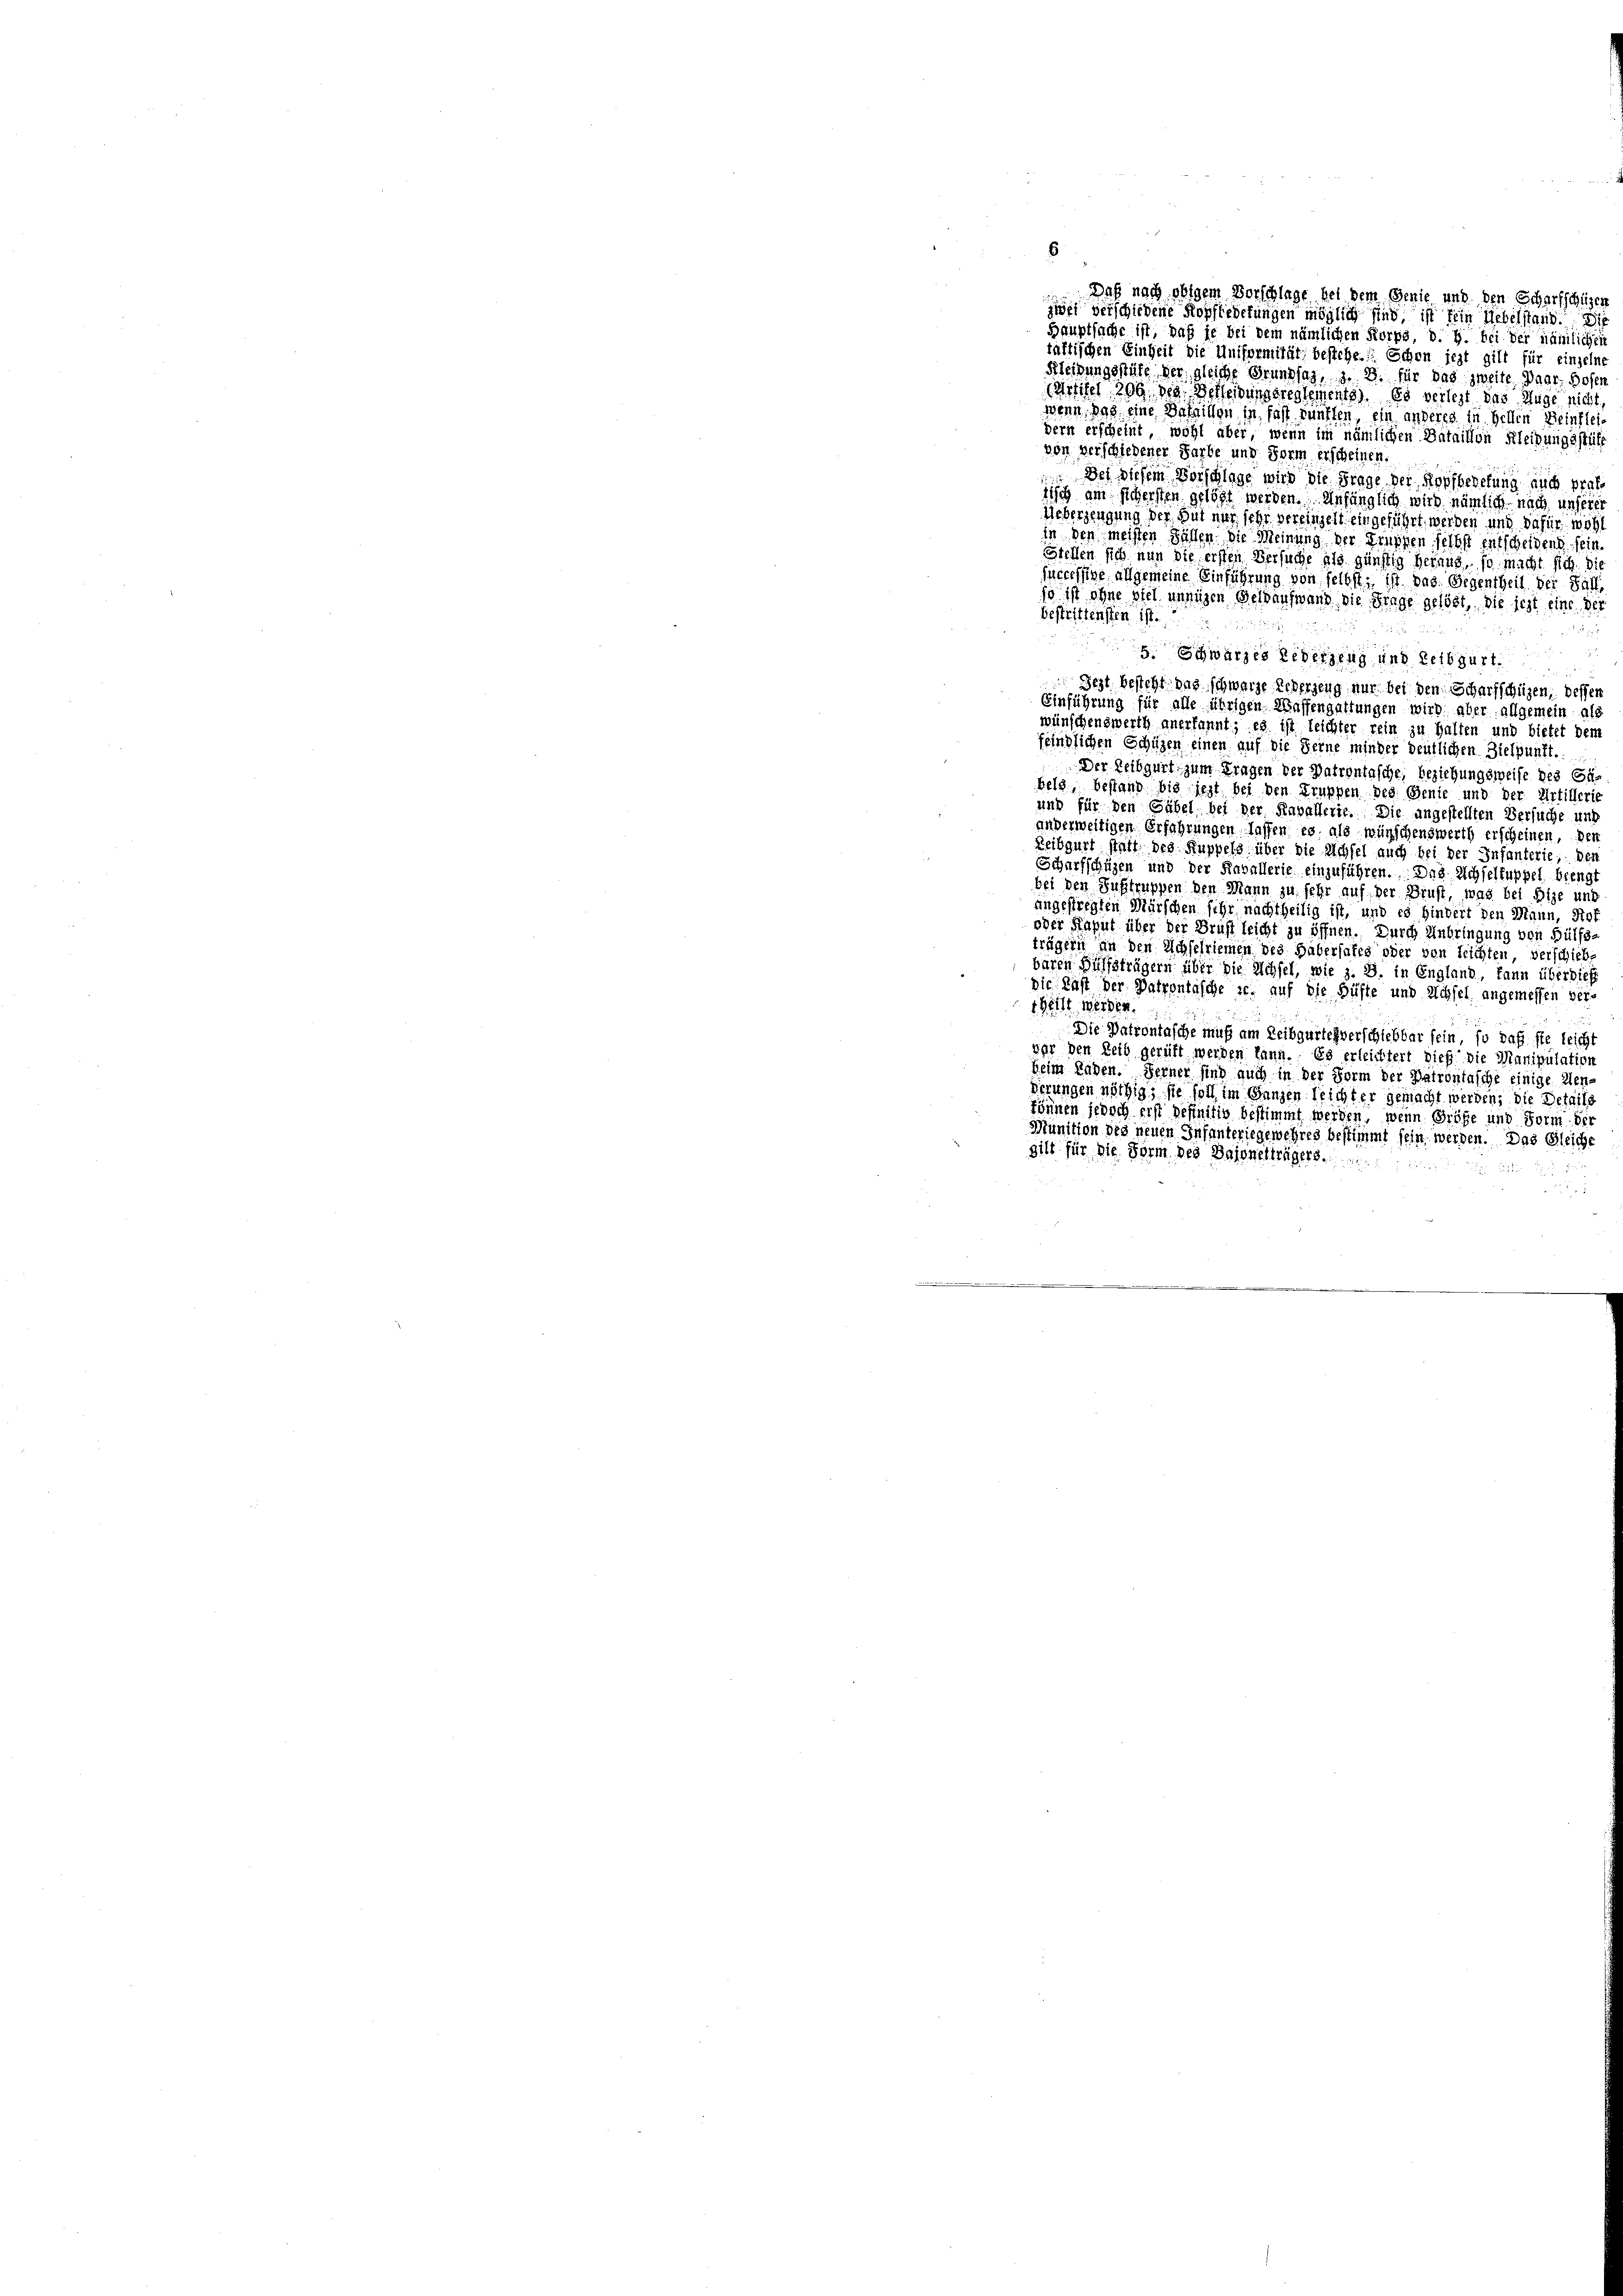
Hauptsache ist, daß je bei dem nämlichen Korps, d. h. bei der nämlichen
taktischen Einheit die Uniformität bestehe. Schon jezt gilt für einzelne
Kleidungsstate der gleiche Grundsaz, z. B. für das zweite Paar Rosen
(Astitel 200, des Betterungsreglements). Es verlegt das Auge nicht,
wenn das eine Bestillen in fast künften, ein angeres in Hellen Heinstei
dern erscheint, wohl aber, wenn im nämlichen Bataillon Kleihungsstütz
von verschiedener Farbe und Form erscheinen.
 Der diesem Vorschlage wird die Frage der Kopfbedelung auch Prof.
tisch am sichersten gelöst werden. Unfänglich wird nämlich nach unsere
Ueberzeugung der Gut mir sehr vereinzelt ein geführt werden und dafür, wohl
in den meisten Fällen die Meinung der Truppen selbst entscheidend sein
Stellen sich nun die ersten Versuche als günstig herung, so macht sich Dich
successige allgemeine Einführung von selbst, ist das Gegentheil der Falli
so ist ohne stel innigen Geldaufwand die Frage gelöst, die jezt eine de
bestrittensten ist.
.
5. Schwarzes Eiderzeug und Leibgurt.
Fest besteht das schwarze Reberzeug nur bei den Scharfschüzen; dessen
Einführung für alle übrigen Massengattungen wird aber allgemein als
wünschenswerth anerkannt; es ist leichter rein zu halten und bietet dem
feindlichen Schulgen einen auf die Ferne minder deutlichen Zielpunkt.
Der Leibgurt zum Fragen der Patrontasche, beziehungsweise des Gäbels, bestand bis jezt bei den Truppen des Genie und der Artillerie
und für den Gabel bei der Kavallerie. Die angestellten Versuche und
anderweitigen Erfahrungen lassen es als wünschenswerth erscheinen, den
Reibgurt statt des Suppels über die Achsel auch bei der Infanterie, der
Scharfschüzen und der Kavallerie einzuführen. Das Achselfuppel beengt
bei den Sustruppen den Mann zu sehr auf der Brust, was bei Bise und
angestregten Märschen sehr nachtheilig ist, und es hindert den Mann, Hof
oder Kaput über der Brust leicht zu öffnen. Durch Anbringung bei Hülfs
trägern in den Achselriemen des Habersates oder von Leichten, verschiebe
baren Hülfsträgern über die Sichsel, wie z. B. in England, kann überdies
die Last der Patrontasche sc. auf die Hüfte und Achsel angemessen ver-
1611 werden
Die Patrontasche muß am Leibgurteiverschiebbar fein, so daß sie leicht
var den Leib gerüft werden kann. Es erleichtert dieß die Manipulation
Heim Laden. Ferner sind auch in der Form der Patrontasche einige Kenderungen nöthig, sie soll im Ganzen leichter gemacht werden; die Details
Sönnen jedoch erst befinitiv bestimmt werden, wenn Größe und Form der
Munition des neuen Infanteriegewehres bestimmt sein werden. Das Gleiche
gilt für die Form des Bajonetträgers.

6

Daß nach obigem Vorschlage bei dem Genie und den Scharfschüser
zwei verschiedene Kopfbedetungen möglich sind, ist fein Uebelstand. Die